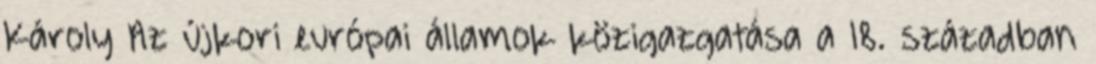
Károly Az újkori európai államok közigazgatása a 18. században